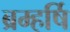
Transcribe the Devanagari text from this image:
ब्रम्हर्षि